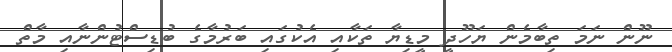
ނޫން ނަމަ ތިބާމެން ޔަހޫދީ މީޑިޔާ ތަކާއި އެކުގައި ބަރުމާގެ ބުޑިސްޓުންނާއި މާތް